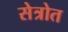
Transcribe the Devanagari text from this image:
सेत्रोत